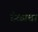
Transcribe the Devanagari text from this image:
वेळाचा